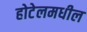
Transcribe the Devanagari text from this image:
होटेलमधील